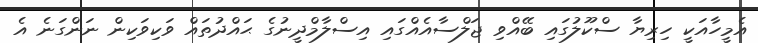
އެމީހާއަކީ ހިރިޔާ ސްކޫލުގައި ބޭއްވި ޖަލްސާއެއްގައި އިސްލާމްދީނުގެ ޙައްދުތައް ވަކިވަކިން ނަންގަނެ އެ